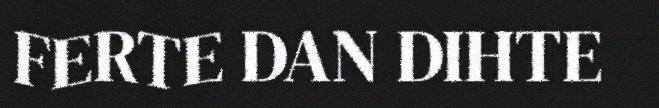
FERTE DAN DIHTE